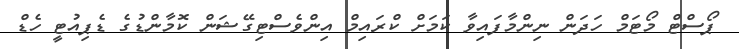
ޕޯސްޓް މޯޓަމް ހަދަން ނިންމާފައިވާ ކަމަށް ކްރައިމް އިންވެސްޓިގޭޝަން ކޮމާންޑުގެ ޑެޕިއުޓީ ހެޑް